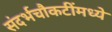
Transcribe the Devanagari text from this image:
संदर्भचौकटींमध्ये